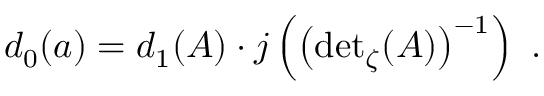
d _ { 0 } ( a ) = d _ { 1 } ( A ) \cdot j \left( \left( { \operatorname * { d e t } } _ { \zeta } ( A ) \right) ^ { - 1 } \right) \, \, .